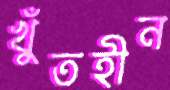
খুঁতহীন